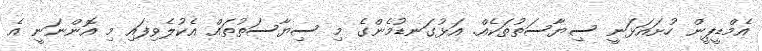
އެމްޑީޕީން ހުށައަޅަނީ ސިޔާސަތުތަކެއް. އަޅުގަނޑުމެންގެ މި ސިޔާސަތުތައް އެކުލެވިފައި މި އޮންނަނީ އެ